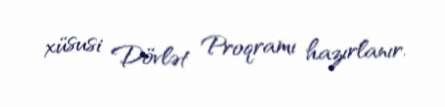
xüsusi Dövlət Proqramı hazırlanır.